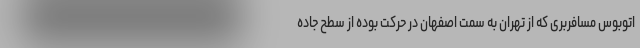
اتوبوس مسافربری که از تهران به سمت اصفهان در حرکت بوده از سطح جاده